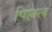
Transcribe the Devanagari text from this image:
पिल्लल